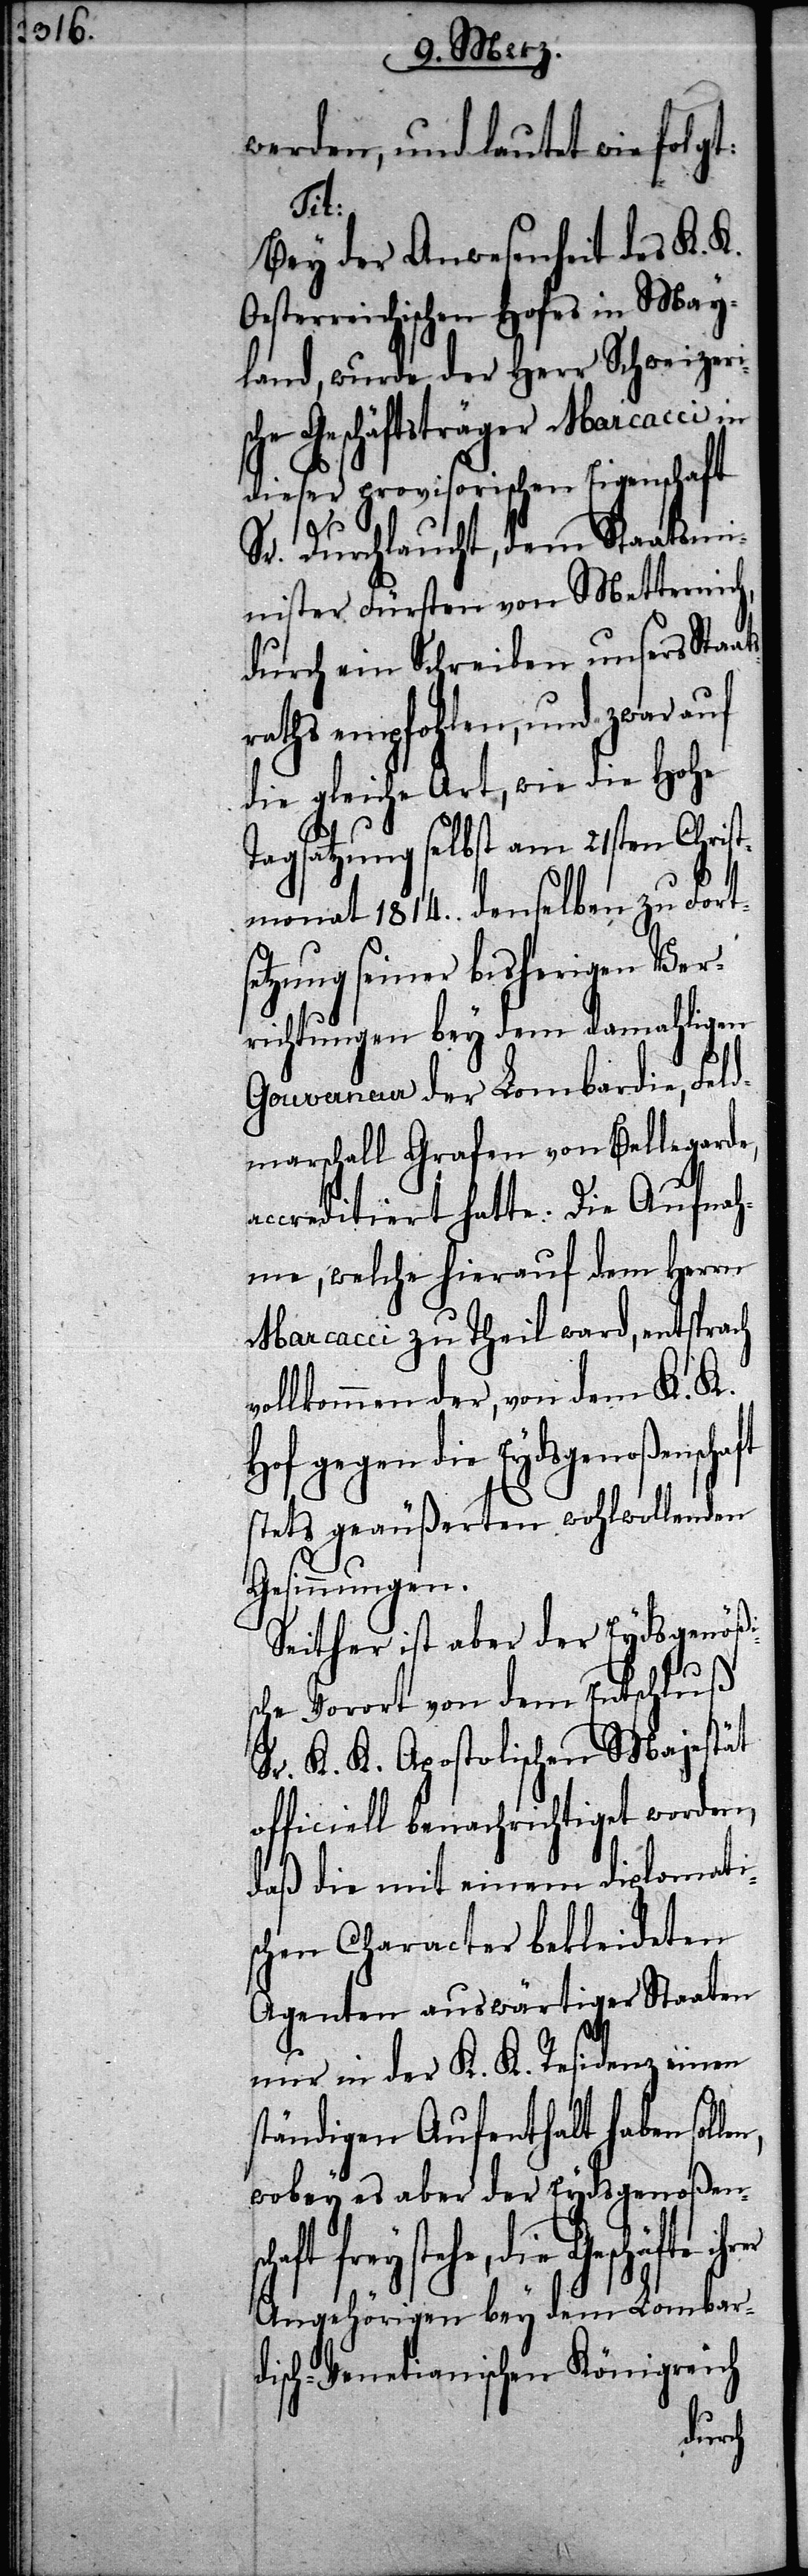
werden, und lautet wie folgt:
is¬
Bey der Anwesenheit des K. K.
Oesterreichischen Hofes in May¬
land, wurde der Herr Schweizer¬
che Geschäftsträger Marcacci in
dieser provisorischen Eigenschaft
Sr. Durchlaucht, dem Staatsmi¬
nister Fürsten von Metternich,
durch ein Schreiben unsers Staa¬
aths empfohlen, und zwar auf
die gleiche Art, wie die Hohe
Tagsatzung selbst am 21sten Christ¬
monat 1814. denselben zu Fort¬
setzung seiner bisherigen Ver¬
richtungen bey dem damahligen
Gouverneur der Lombardie, Feld¬
marschall Grafen von Bellegard¬
ccreditiert hatte. Die Aufnah¬
me, welche hierauf dem Herrn
Marcacci zu Theil ward, entsprach
ollkommen der, von dem K. K.
Hof gegen die Eydsgenoßensch¬
stets geäußerten wohlwollenden
Gesinnungen.
Seither ist aber der Eydsgenöß¬
che Vorort von dem Entschluß
Sr. K. K. Apostolischen Majestät
officiell benachrichtiget worden,
daß die mit einem diplomati¬
schen Character bekleideten
Agenten auswärtiger Staaten
nur in der K. K. Residenz einen
ständigen Aufenthalt haben sol¬
wobey es aber der Eydsgenoßen¬
Geschäfte ihrer
Angehörigen bey dem Lombar¬
disch-Venetianischen Königreich
len,